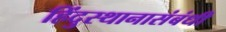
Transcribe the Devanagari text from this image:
हिंदुस्थानासंबंधी